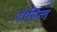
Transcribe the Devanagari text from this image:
रोहिल